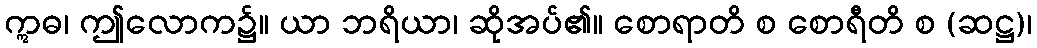
ဣဓ၊ ဤလောက၌။ ယာ ဘရိယာ၊ ဆိုအပ်၏။ စောရာတိ စ စောရီတိ စ (ဆဋ္ဌ)၊